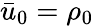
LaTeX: \bar{u}_{0}=\rho_{0}